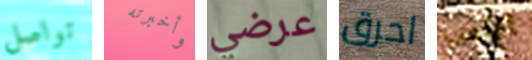
تواصل وأخبرته عرضي احرق اللعب